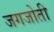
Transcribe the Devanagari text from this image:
जगजोती